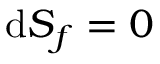
\mathrm { d } S _ { f } = 0